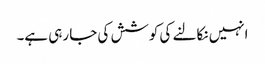
انہیں نکالنے کی کوشش کی جا رہی ہے۔